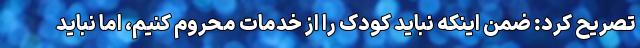
تصریح کرد: ضمن اینکه نباید کودک را از خدمات محروم کنیم، اما نباید